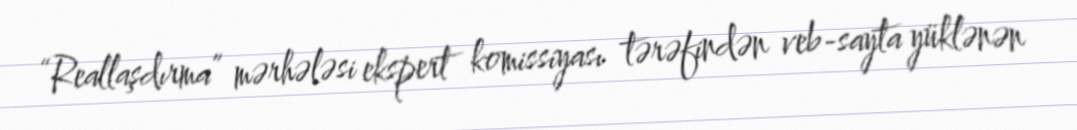
“Reallaşdırma” mərhələsi ekspert komissiyası tərəfindən veb-sayta yüklənən